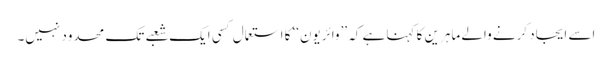
اسے ایجاد کرنے والے ماہرین کا کہنا ہے کہ ’’وائریون‘‘ کا استعمال کسی ایک شعبے تک محدود نہیں۔